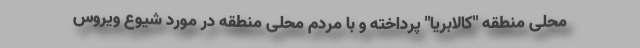
محلی منطقه "کالابریا" پرداخته و با مردم محلی منطقه در مورد شیوع ویروس